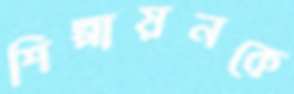
শিল্পায়নকে